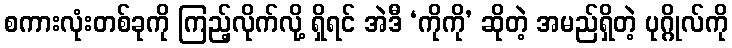
စကားလုံးတစ်ခုကို ကြည့်လိုက်လို့ ရှိရင် အဲဒီ ‘ကိုကို’ ဆိုတဲ့ အမည်ရှိတဲ့ ပုဂ္ဂိုလ်ကို